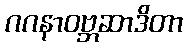
ဂဂနာဝဗ္ဘဆာဒိတာ